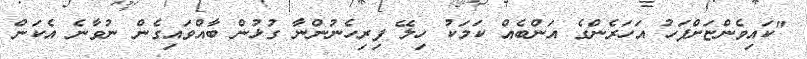
"ކައިވެންޏަށްފަހު އަހަރެންގެ އަންބެއް ކަމަކު ހިލޭ ފިރިހެނުންނާ ގުޅުން ބާއްވައިގެން ނުވާނެ އެކަން